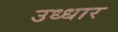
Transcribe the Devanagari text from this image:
उध्धार